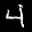
Label: 4